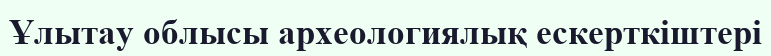
Ұлытау облысы археологиялық ескерткіштері